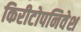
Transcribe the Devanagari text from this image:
किरीटोपनिवेश